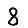
Digit: 8